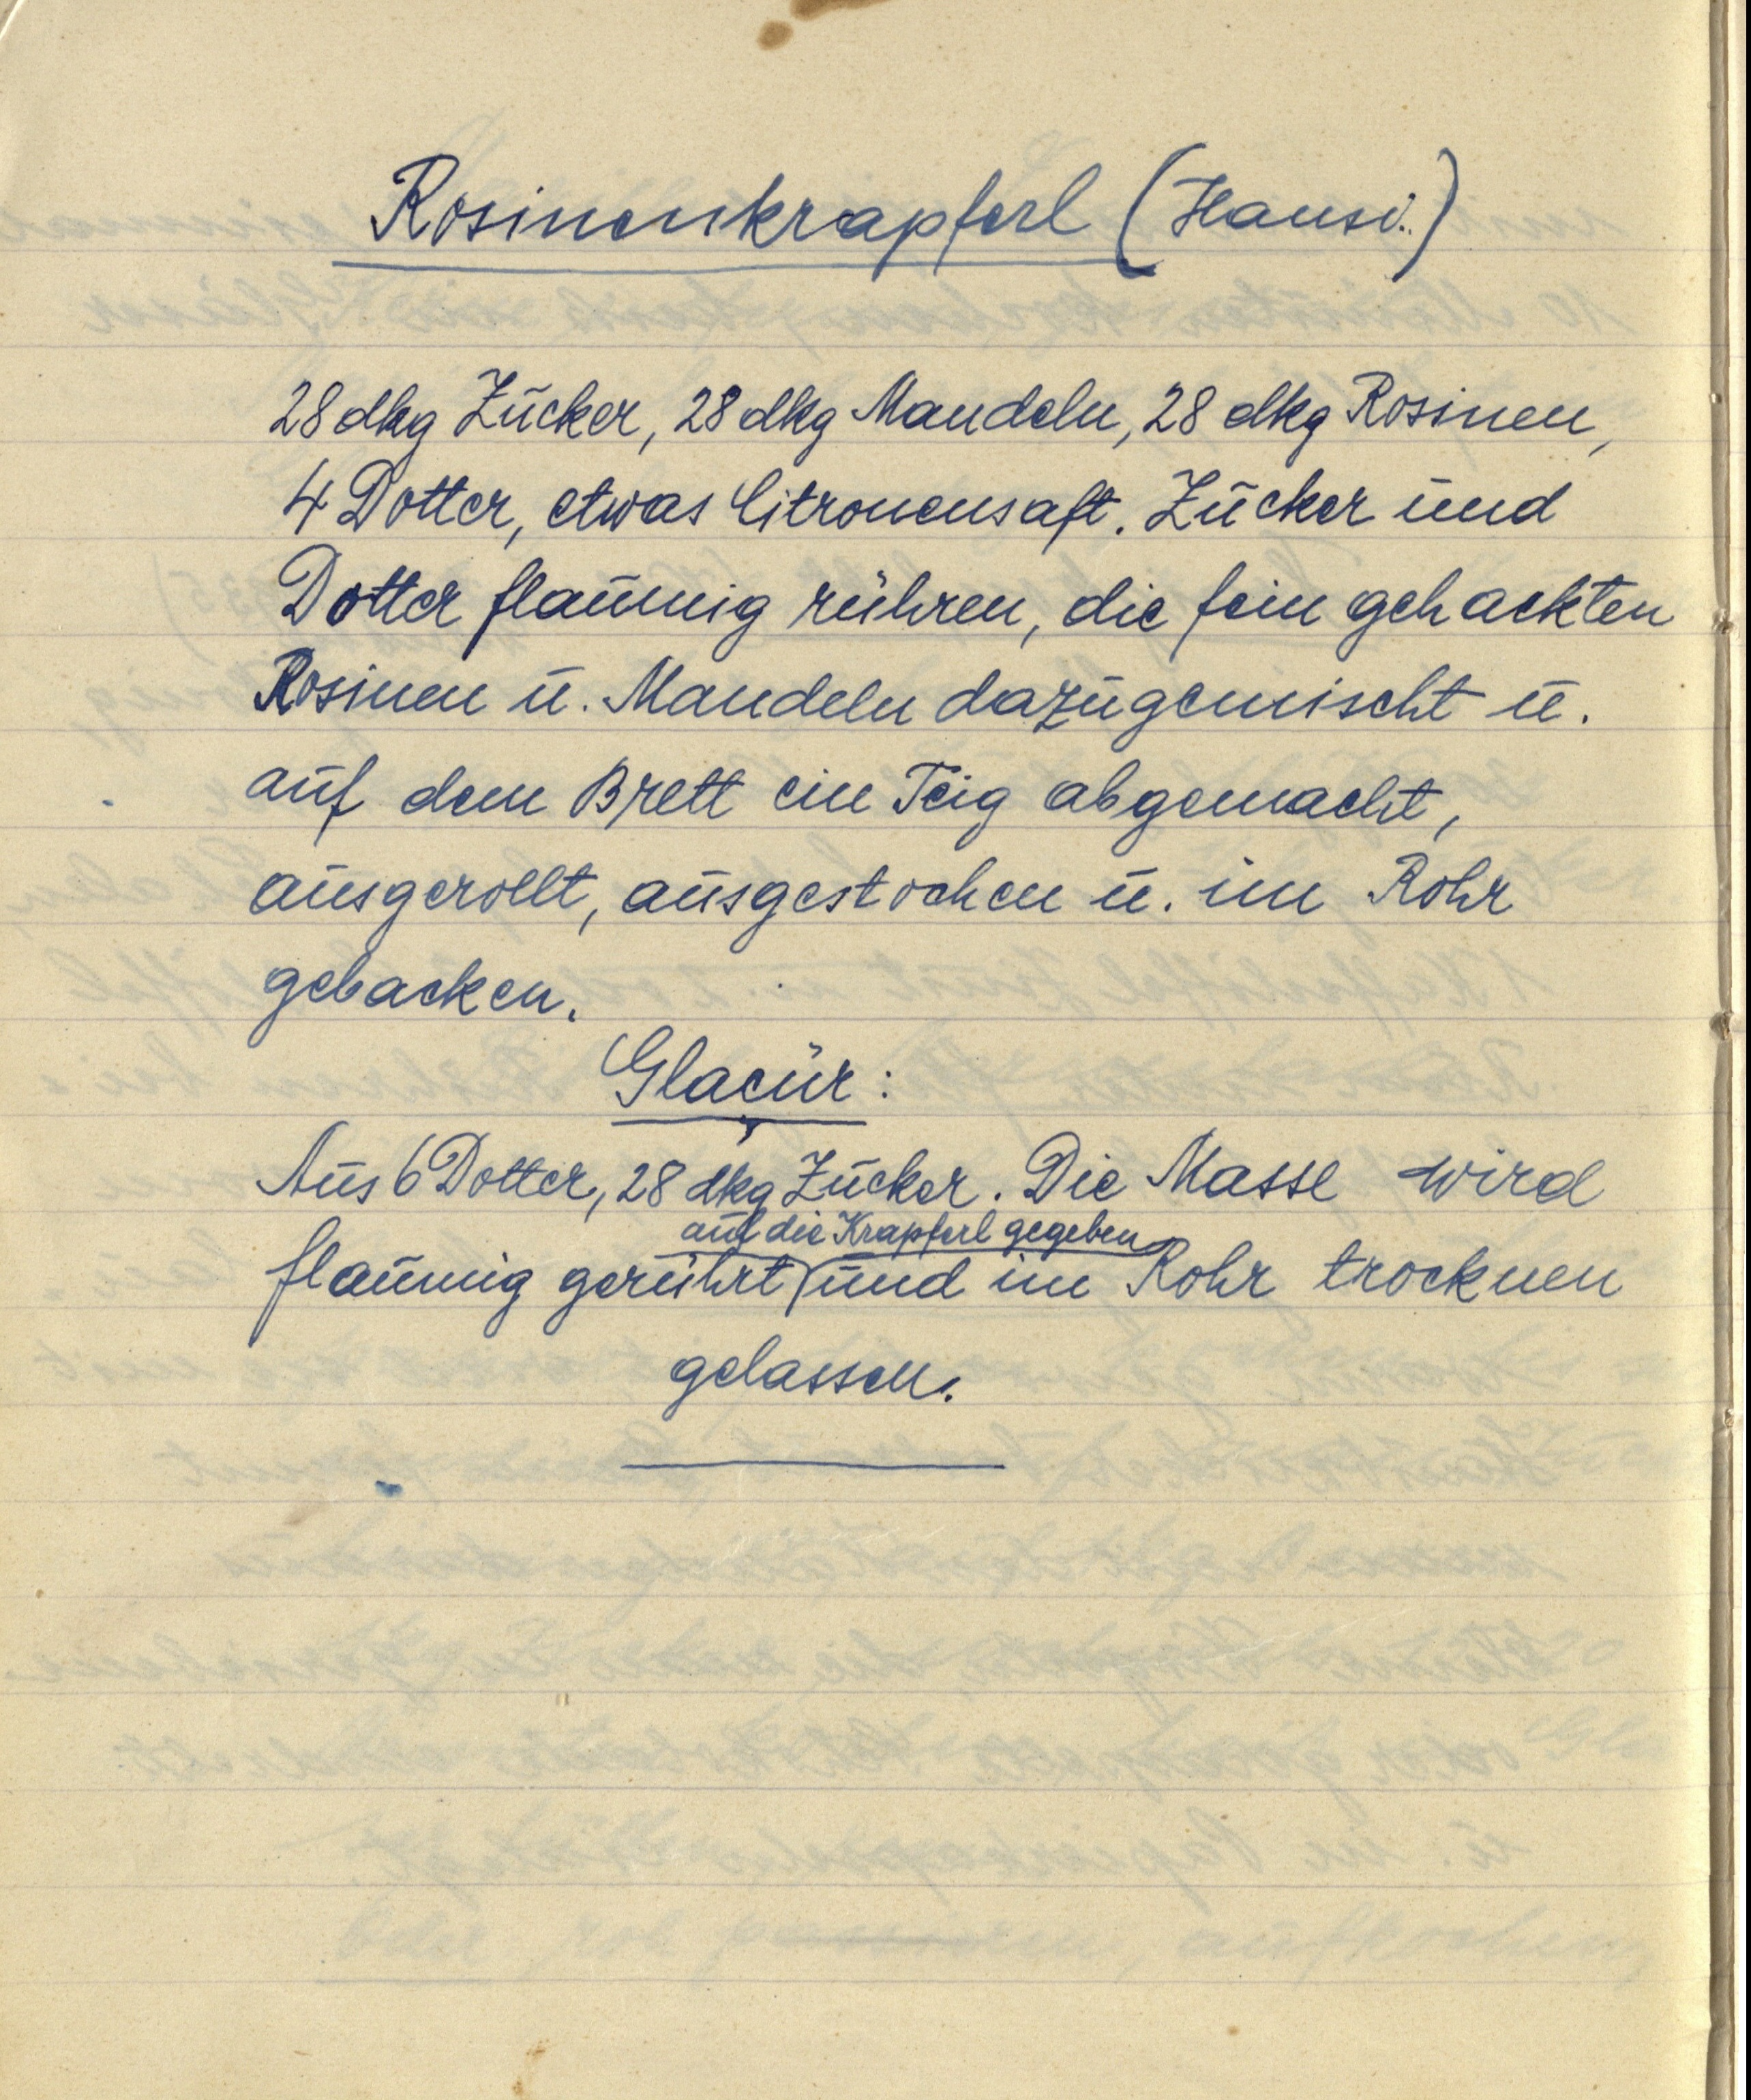
Rosinenkrapferl (Hansi.)

28 dkg Zucker, 28 dkg Mandeln, 28 dkg Rosinen,
4 Dotter, etwas Citronensaft. Zucker und
Dotter flaumig rühren, die fein gehackten
Rosinen u. Mandeln dazugemischt u.
auf dem Brett ein Teig abgemacht,
ausgerollt, ausgestochen u. im Rohr
gebacken.

Glaçur:
Aus 6 Dotter, 28 dkg Zucker. Die Masse wird
flaumig gerührt auf die Krapferl gegeben und im Rohr trocknen
gelassen.